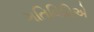
ગતિવિધિએ